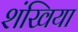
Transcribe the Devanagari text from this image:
शंखिया